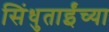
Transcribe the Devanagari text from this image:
सिंधुताईंच्या